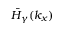
\bar { H } _ { \gamma } ( k _ { x } )